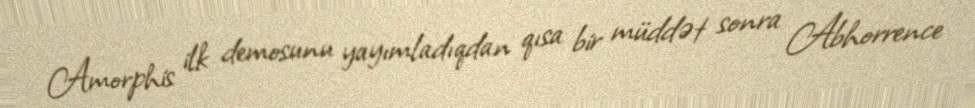
Amorphis ilk demosunu yayımladıqdan qısa bir müddət sonra Abhorrence